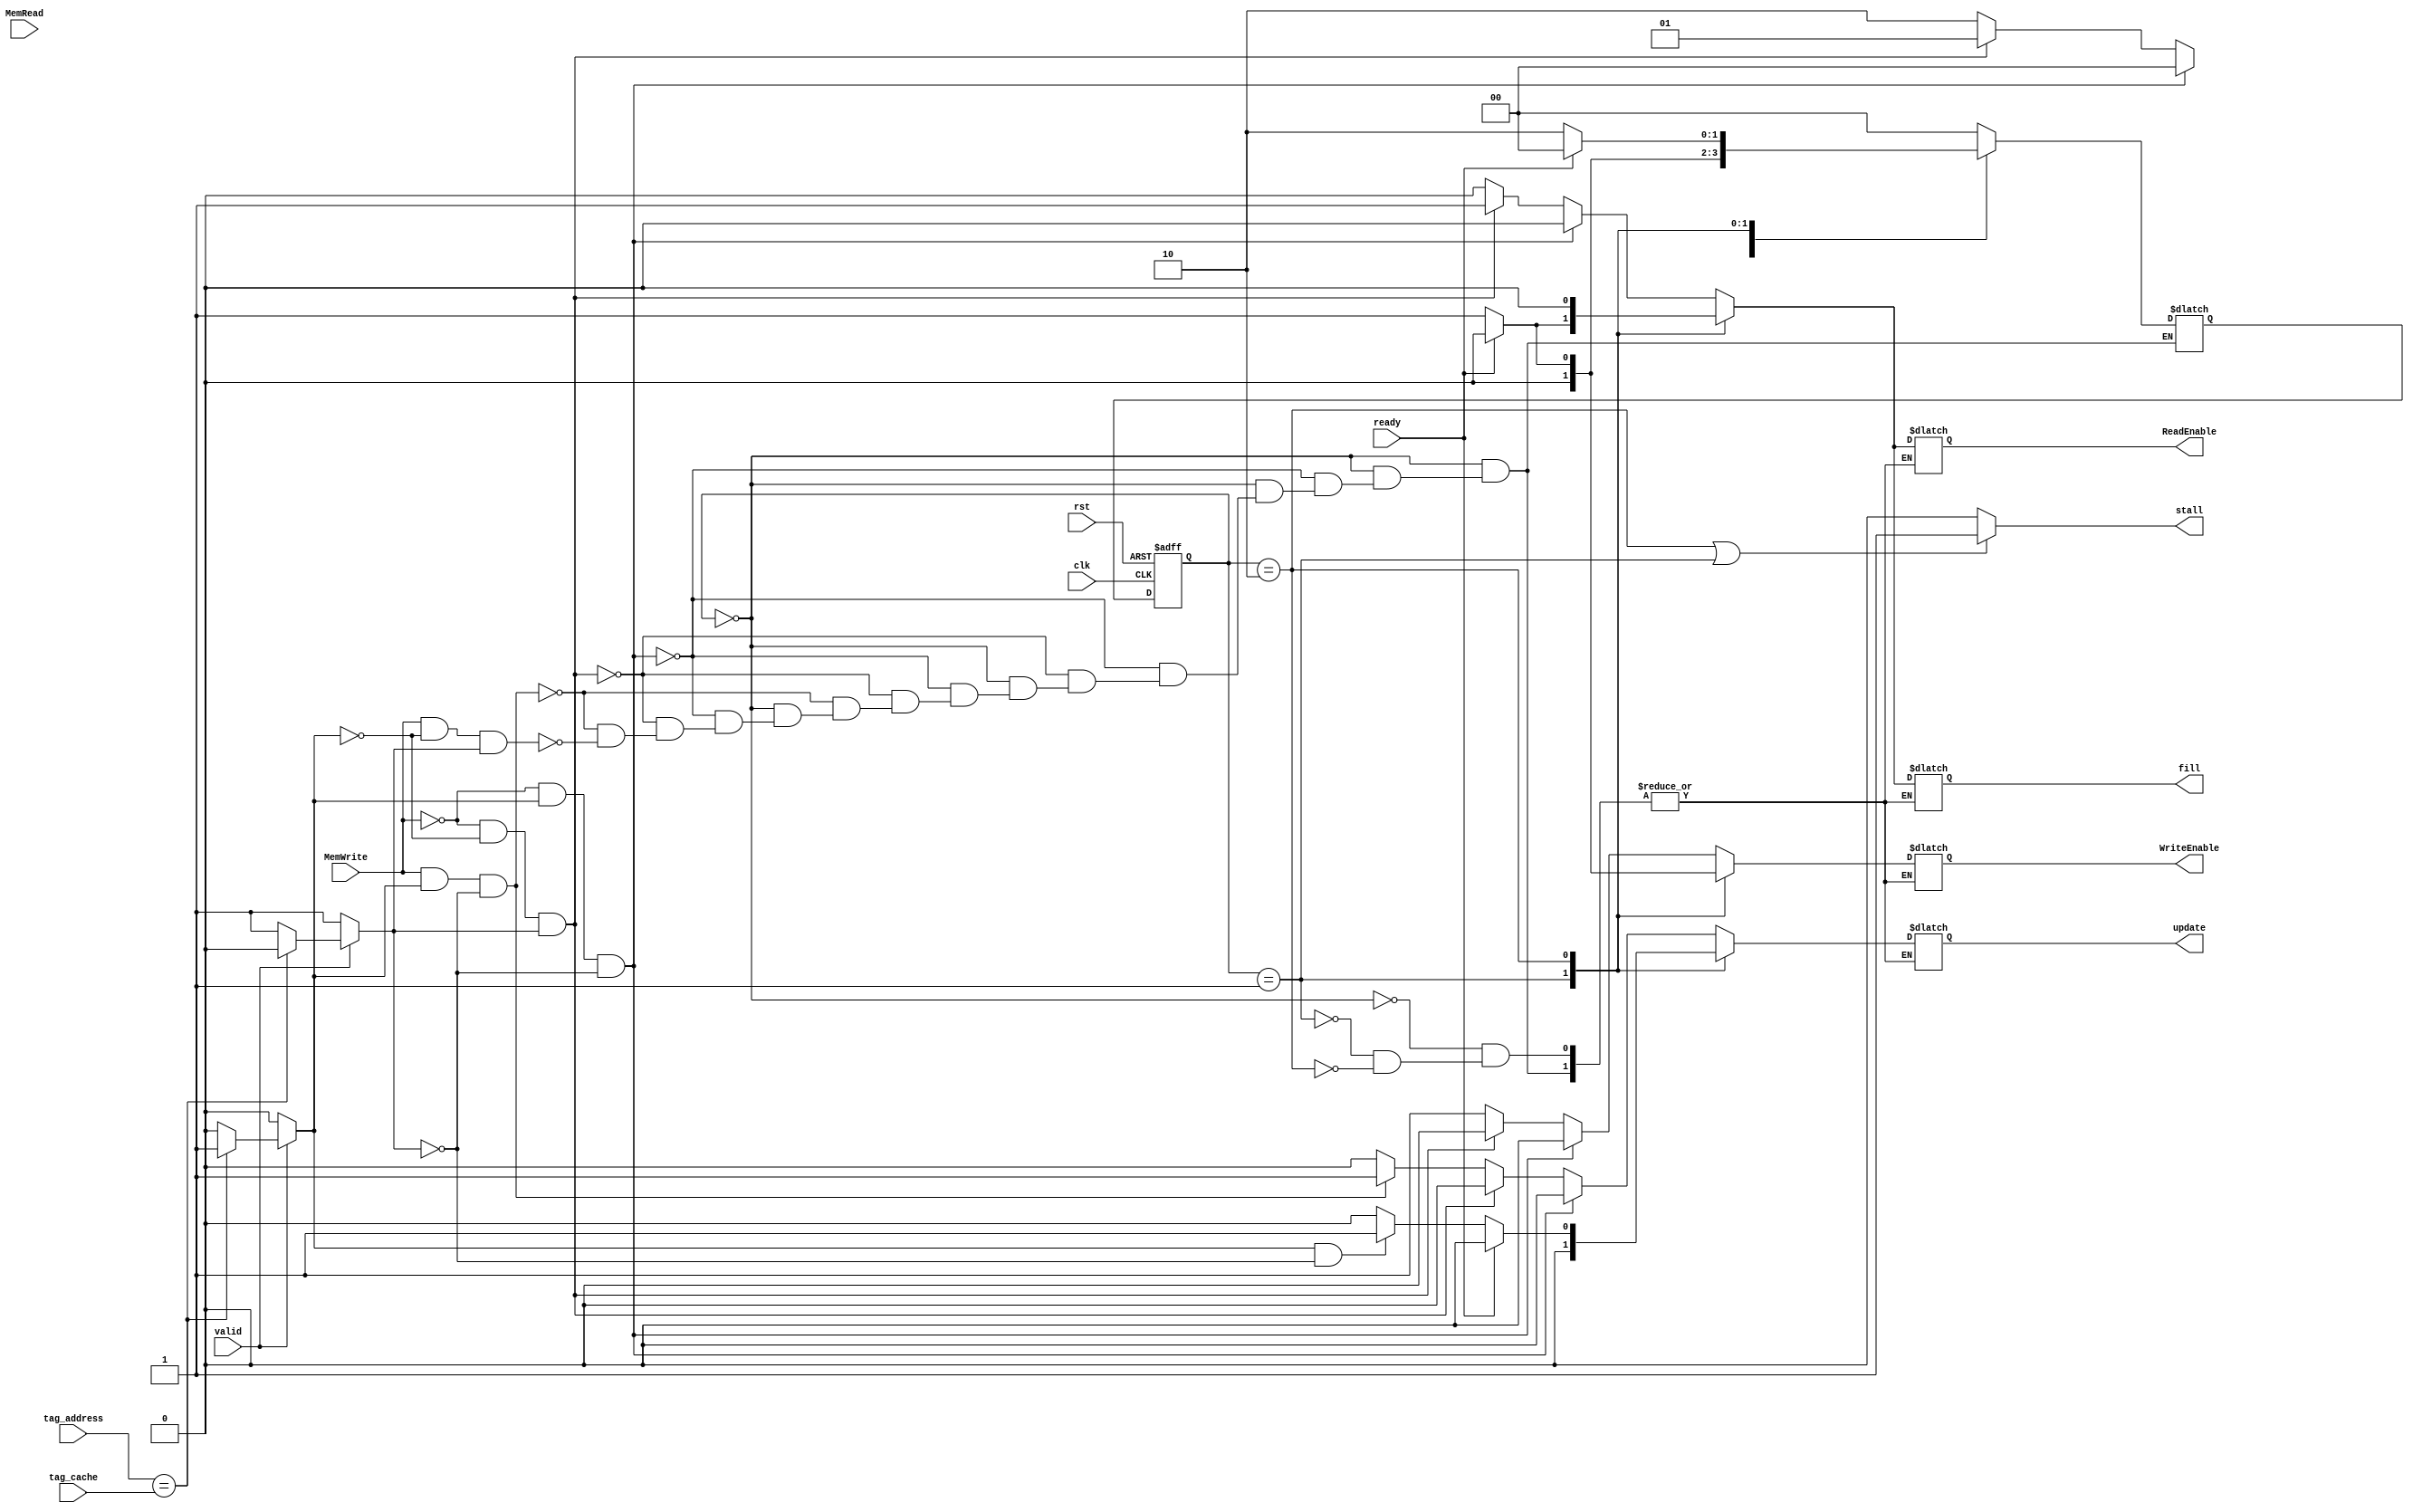
module Cache_Controller(
input clk,rst,
input MemRead,
input MemWrite,
input ready,valid,
input [2:0]tag_cache,tag_address,
output reg stall,
output reg ReadEnable,WriteEnable,
output reg fill,update);

localparam idle=2'b00;
localparam reading=2'b01;
localparam writing=2'b10;

reg [1:0] state_reg;
reg [1:0] next_state;
reg hit,miss;

always @(negedge clk or negedge rst)begin
  if(~rst) 
    state_reg=idle;
   else 
    state_reg=next_state;
end

always@(*) begin 
    if(state_reg== writing || state_reg==reading)
        stall=1;
    else 
        stall=0;
    if(valid) begin
        if(tag_address==tag_cache)begin
            hit=1;
            miss=0;
        end
        else begin
            hit=0;
            miss=1;
        end
    end
    else begin
        hit=0;
        miss=1;
    end
end

always@(*)begin 
    case(state_reg)
        idle:begin
            if( MemWrite==0 && hit==1 && miss==0) begin
                next_state=idle;
                ReadEnable=0;
                WriteEnable=0;
                update=0;
                fill=0;
            end
           else if(MemWrite==0 && hit==0 && miss==1) begin
                next_state=reading;
                ReadEnable=1;
                WriteEnable=0;
                update=0;
                fill=1;
            end
            else if(MemWrite==1  && hit==1 && miss==0) begin
                next_state=writing;
                ReadEnable=0;
                WriteEnable=1;
                update=1;
                fill=0;
            end
            else if(MemWrite==1  && hit==0 && miss==1) begin
                next_state=writing;
                ReadEnable=0;
                WriteEnable=1;
                update=0;
                fill=0;
            end
        end
        reading:begin
            if(ready) begin
                next_state=idle;
                ReadEnable=0;
                WriteEnable=0;
                update=0;
                fill=0;
            end
            else begin
                next_state=reading;
                ReadEnable=1;
                WriteEnable=0;
                update=0;
                fill=1;
            end
        end
        writing:begin
           if(ready) begin
                next_state=idle;
                ReadEnable=0;
                WriteEnable=0;
                update=0;
                fill=0;
            end
            else begin
                next_state=writing;
                ReadEnable=0;
                if(hit ==1 && miss==0)begin
                WriteEnable=1;
                update=1;
                end 
                else begin 
                WriteEnable=1;
                update=0;
                end
                fill=0;
            end
        
        end
        default : begin
            next_state=idle;
        end
    endcase
end

endmodule